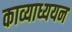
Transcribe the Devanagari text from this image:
काव्याध्ययन